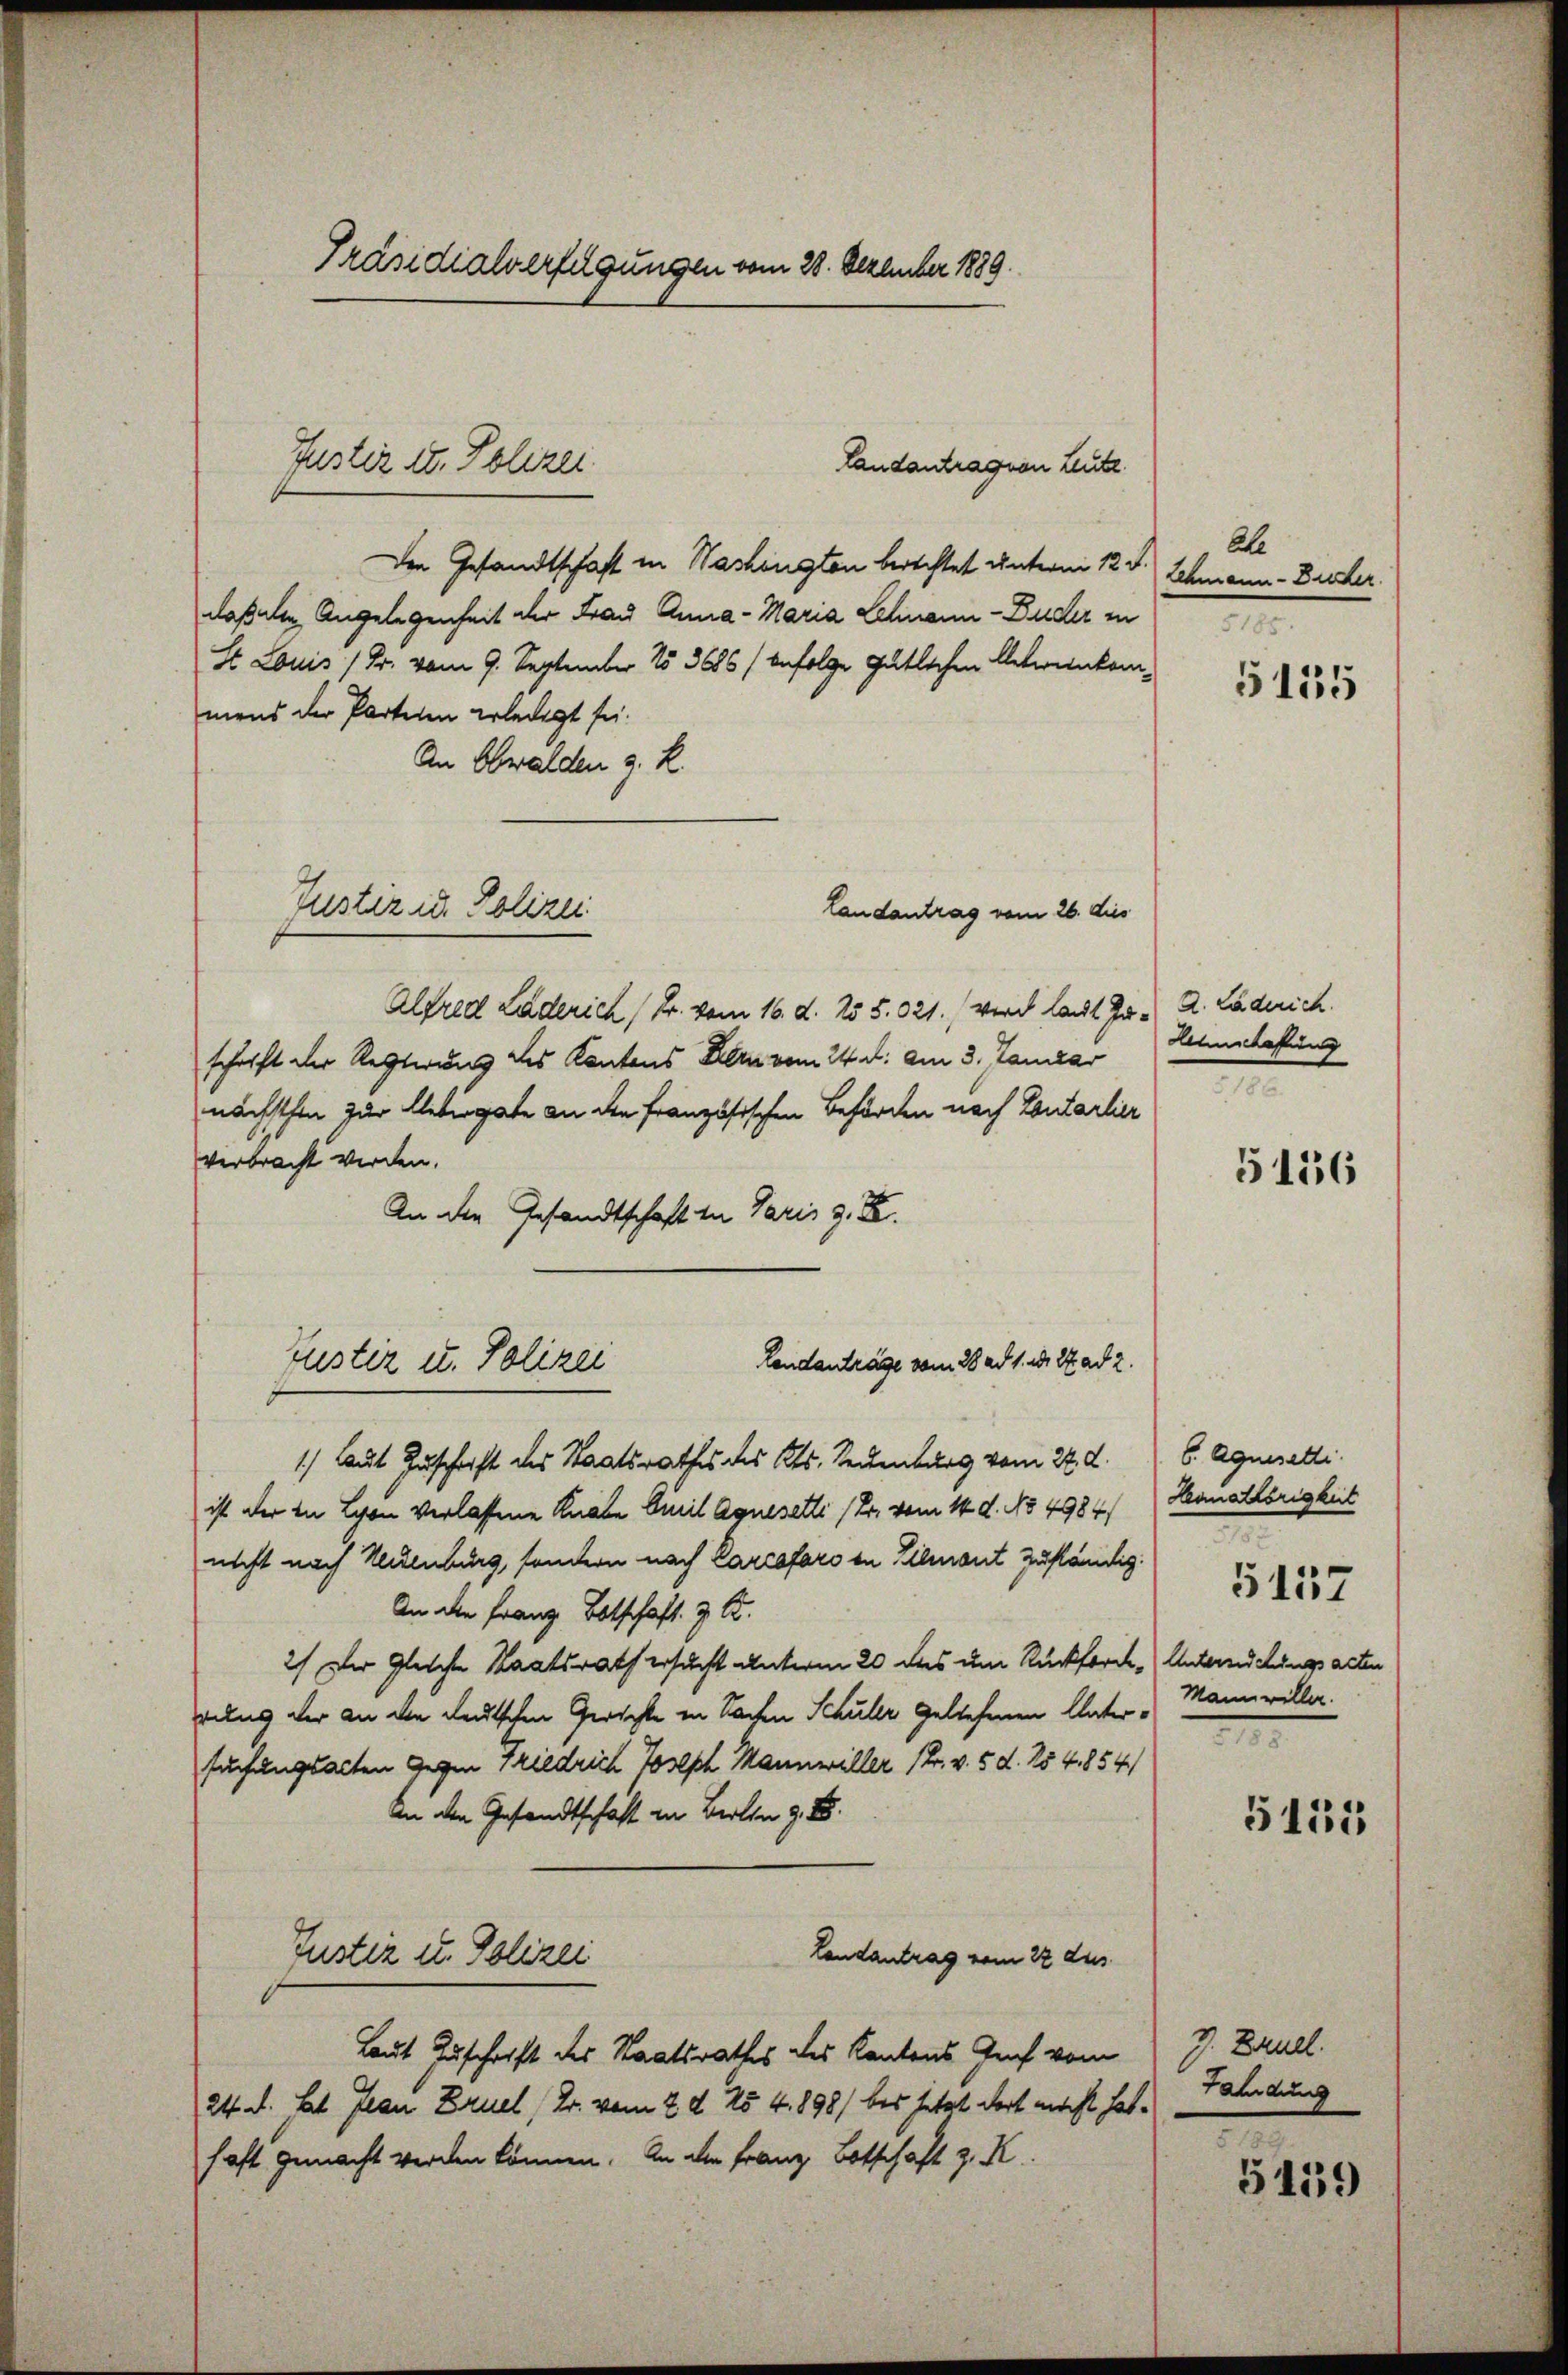
Präsidialverfügungen vom 28. Dezember 1889

Der Gesandtschaft in Washington berechtet unterm 12 J. Schmann - Bucher
daß die Angelegenheit der Frau Anna - Maria Schmann - Bucher in
St. Louis / Dr. vom 9. September 153686/befolge gütlichen Antwenkommens der Parteien erledigt sei.
An Obwalden z. R.
Alfred Luderich (Z. vom 16. d. 255.021.) wird laut zu. A. Läderich.
schrift der Regierung des Kantons Kern vom 24. d. am 3. Januar
nächsthen zur Uebergate an den Französischen Behörden nach Lentarlier
verbracht werden.
An die Gesandtschaft in Paris z. B.
1.) Laut Zuschrift des Staatsrathes des Kts. Seckenburg vom 22. d. 6. Agnosetti.
ist der in Lyon verlassene Knabe Emil Agnesetli (Br. vom 14. d. No 4984
nicht nach Kulmburg, sondern nach Carraforo in Lilmont zuständig.
An die Franz Botschaft z. B.
2) Der Gleiche Staatsrath ersucht unterm 20 des um Rückforde Unterschungsarten
rung der an den deutschen Gerichte in Sachen Schuler geltefenen Untersuchungsalten Gegen Friedrich Joseph Mannwiller (Fr. v. 5. d. 254,854/
An den Gesandtschaft in Beilen z. B.
Landantrag vom 22 dus.
Justiz u. Polizei
Laut Zuschrift des Staatsrathes des Kantons Genf vom
24. d. Lt. Jean Bruel, Dr. vom 2. d. 25 4. 898/ bis jetzt dort macht hat.
haft gemacht werden können. In der Franz Botschaft z. K

Justiz u. Polizei.

Justiz in Polizei
Landantrag vom 26. dies

Landanträge vom 28 ad 1. d. 27. ad 2.
Justiz u. Polizei

Landantrag von Leute.

Ale
.

Lanschaftung
2

Hennathörigkeit
Mann willer.
2

5155

5136

5157

5155

9. Brull.
Faldung
—

5159